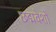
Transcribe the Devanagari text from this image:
छद्मवेशों